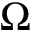
\boldsymbol { \Omega }